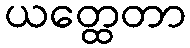
ယတ္ထေတာ